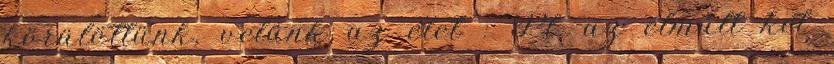
körülöttünk, velünk az élet : Pl. az elmúlt két